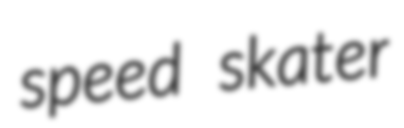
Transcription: speed skater